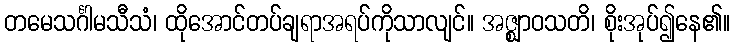
တမေသင်္ဂါမသီသံ၊ ထိုအောင်တပ်ချရာအရပ်ကိုသာလျင်။ အဇ္ဈာဝသတိ၊ စိုးအုပ်၍နေ၏။